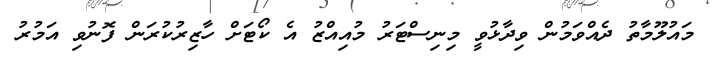
މައުލޫމާތު ދެއްވަމުން ވިދާޅުވީ މިނިސްޓަރު މުއިއްޒު އެ ކޯޓަށް ހާޒިރުކުރަން ފޮނުވި އަމުރު